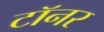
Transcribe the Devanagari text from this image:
टॉनर